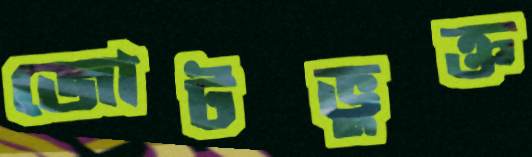
জোটভুক্ত